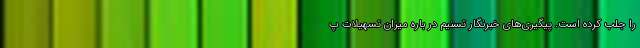
را جلب کرده است. پیگیری‌های خبرنگار تسنیم در باره میزان تسهیلات پ